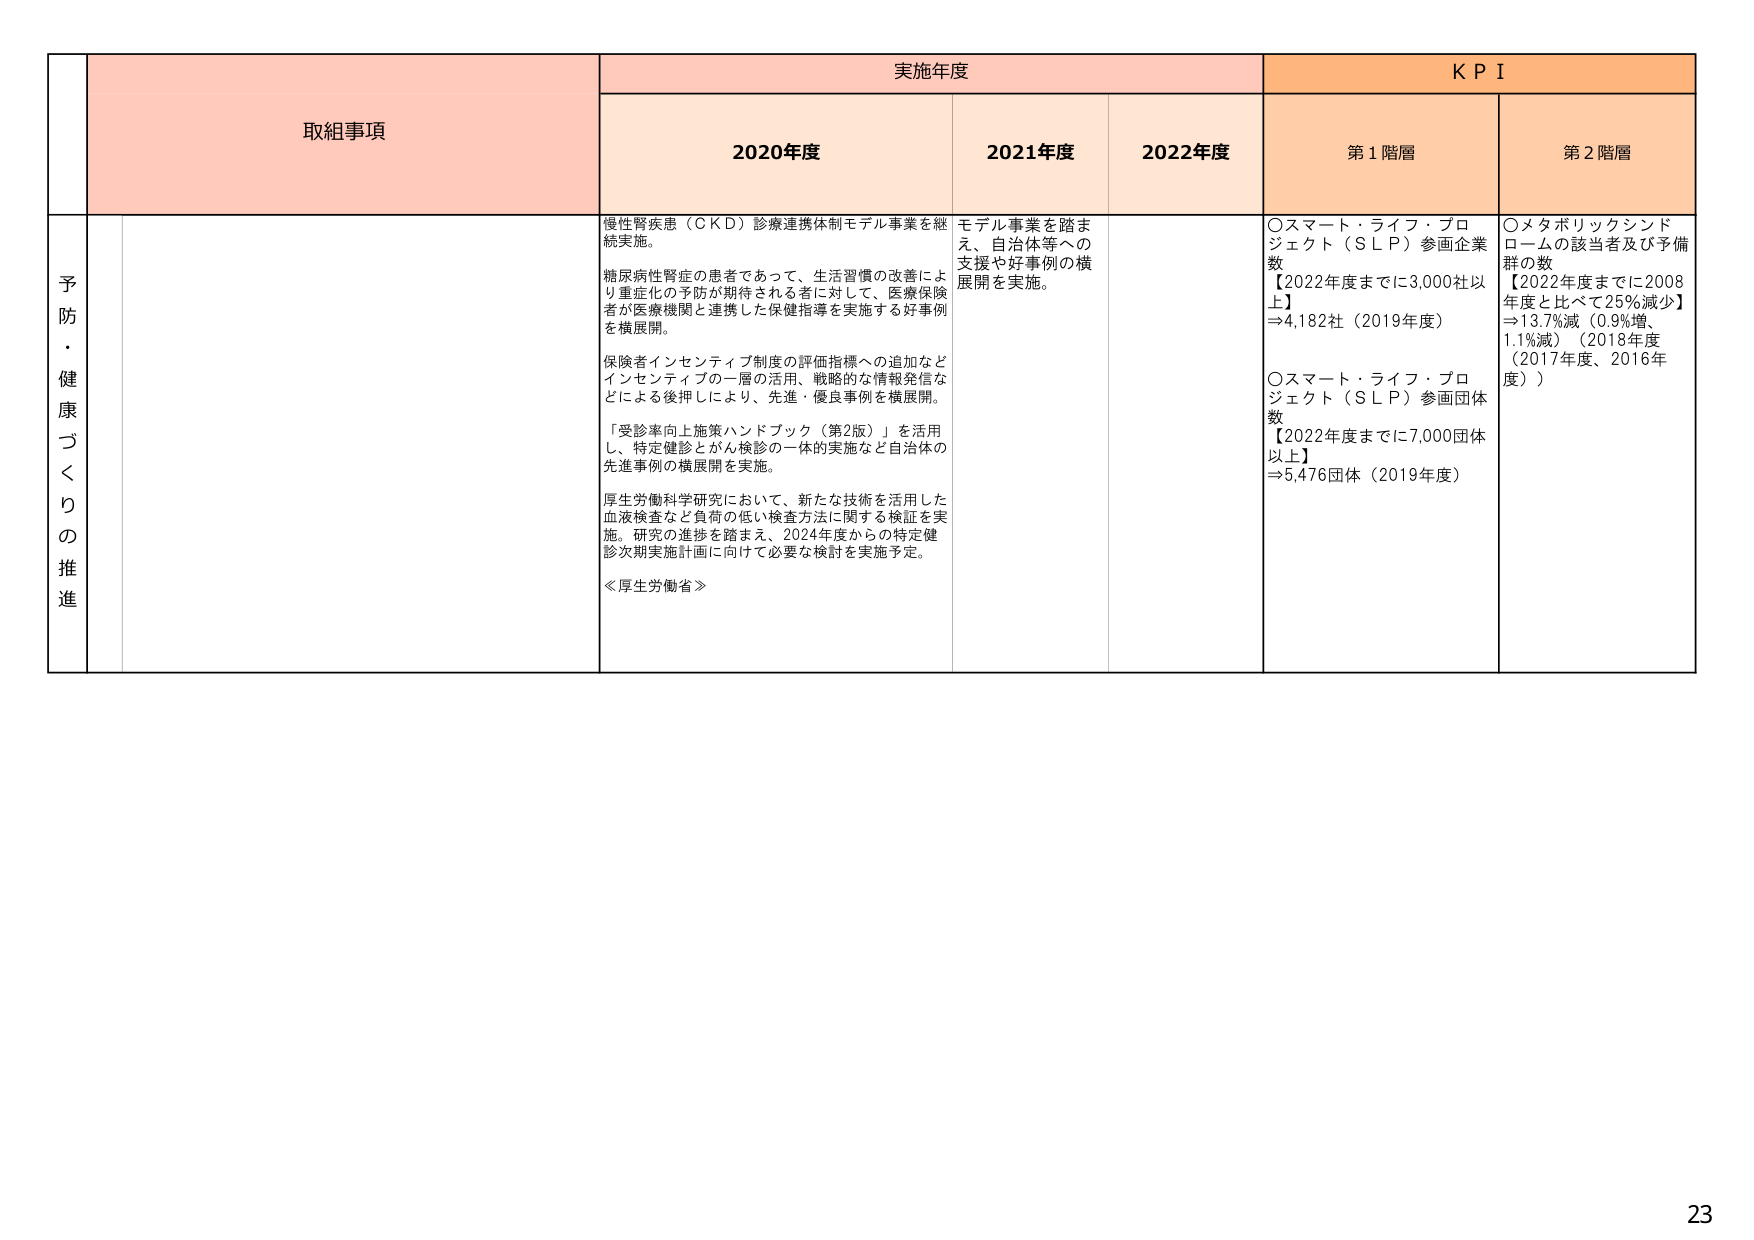
予防・健康づくりの推進

取組事項

実施年度

KPI

2020年度

2021年度

2022年度

第1階層

第2階層

慢性腎疾患（CKD）診療連携体制モデル事業を継続実施。

糖尿病性腎症の患者であって、生活習慣の改善により重症化の予防が期待される者に対して、医療保険者が医療機関と連携した保健指導を実施する好事例を横展開。

保険者インセンティブ制度の評価指標への追加などインセンティブの一層の活用、戦略的な情報発信などによる後押しにより、先進・優良事例を横展開。

「受診率向上施策ハンドブック（第2版）」を活用し、特定健診とがん検診の一体的実施など自治体の先進事例の横展開を実施。

厚生労働科学研究において、新たな技術を活用した血液検査など負荷の低い検査方法に関する検証を実施。研究の進捗を踏まえ、2024年度からの特定健診次期実施計画に向けて必要な検討を実施予定。

≪厚生労働省≫

モデル事業を踏まえ、自治体等への支援や好事例の横展開を実施。

〇スマート・ライフ・プロジェクト（SLP）参画企業数
【2022年度までに3,000社以上】
⇒4,182社（2019年度）

〇スマート・ライフ・プロジェクト（SLP）参画団体数
【2022年度までに7,000団体以上】
⇒5,476団体（2019年度）

〇メタボリックシンドロームの該当者及び予備群の数
【2022年度までに2008年度と比べて25％減少】
⇒13.7％減（0.9％増、1.1％減）（2018年度（2017年度、2016年度））

23